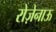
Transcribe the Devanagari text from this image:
रोज़ेनाऊ